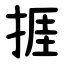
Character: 捱